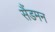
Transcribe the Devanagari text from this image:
सैंडमन